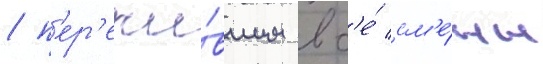
/ п'ер'ежи́вшим вс'е́ см'е́ны